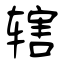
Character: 辖